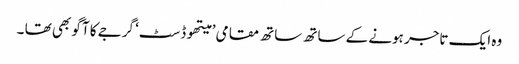
وہ ایک تاجر ہونے کے ساتھ ساتھ مقامی ’ میتھوڈسٹ‘ گرجے کا آگو بھی تھا ۔